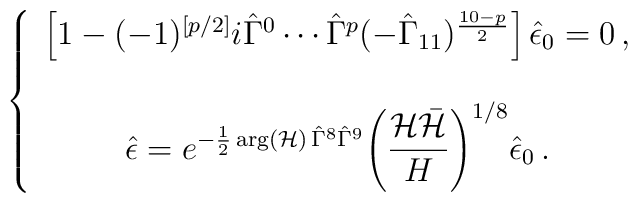
\left\{\begin{array}{c}\left[1-(-1)^{[p/2]} i\hat{\Gamma}^{0}\cdots\hat{\Gamma}^{p}(-\hat{\Gamma}_{11})^{\frac{10-p}{2}}\right]\hat{\epsilon}_{0}=0\, ,\\\\\hat{\epsilon} =e^{-\frac{1}{2}\arg({\cal H})\, \hat{\Gamma}^{8}\hat{\Gamma}^{9}}\displaystyle{\left(\frac{{\cal H}\bar{{\cal H}}}{H}\right)^{1/8}}\hat{\epsilon}_{0}\, .\end{array}\right.